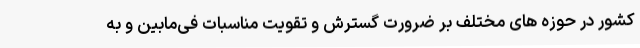
کشور در حوزه های مختلف بر ضرورت گسترش و تقویت مناسبات فی‌مابین و به